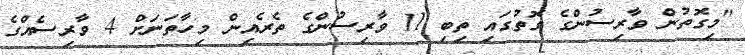
"މިގޮތުން ވާރިސުންގެ ގޮތުގައި ތިބި 11 ވާރިސުންގެ ތެރެއިން މިހާތަނަށް 4 ވާރިސެއްގެ